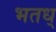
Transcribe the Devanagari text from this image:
भतध्